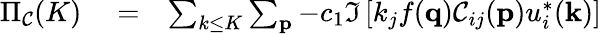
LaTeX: \begin{array}{rlr}{\Pi_{\mathcal{C}}(K)}&{{}=}&{\sum_{k\le K}\sum_{\mathbf p}-c_{1}\Im\left[k_{j}f({\mathbf q})\mathcal{C}_{ij}({\mathbf p})u_{i}^{*}({\mathbf k})\right]}\end{array}